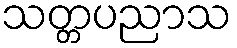
သတ္တပညာသ